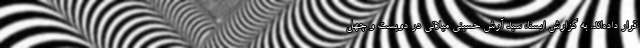
قرار داده‌اند. به گزارش ایسنا، سید آرش حسینی میلانی در دویست و چهل